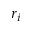
r _ { i }